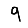
Digit: 9